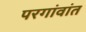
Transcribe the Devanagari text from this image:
परगांवांत